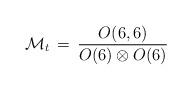
LaTeX: \begin{align*}{\cal M}_t\, =\, \frac{O(6,6)}{O(6)\otimes O(6)}\end{align*}